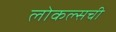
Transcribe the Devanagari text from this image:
लोकल्सची